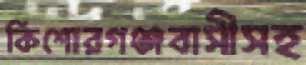
কিশোরগঞ্জবাসীসহ